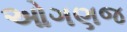
ઓગણજ